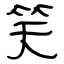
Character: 笑